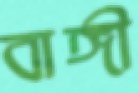
বাঙ্গী